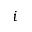
i